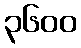
၃၆၀၀